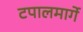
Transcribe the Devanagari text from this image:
टपालमार्गे